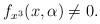
LaTeX: \begin{align*}{f_{x^{3}}}(x,\alpha)\not =0.\end{align*}